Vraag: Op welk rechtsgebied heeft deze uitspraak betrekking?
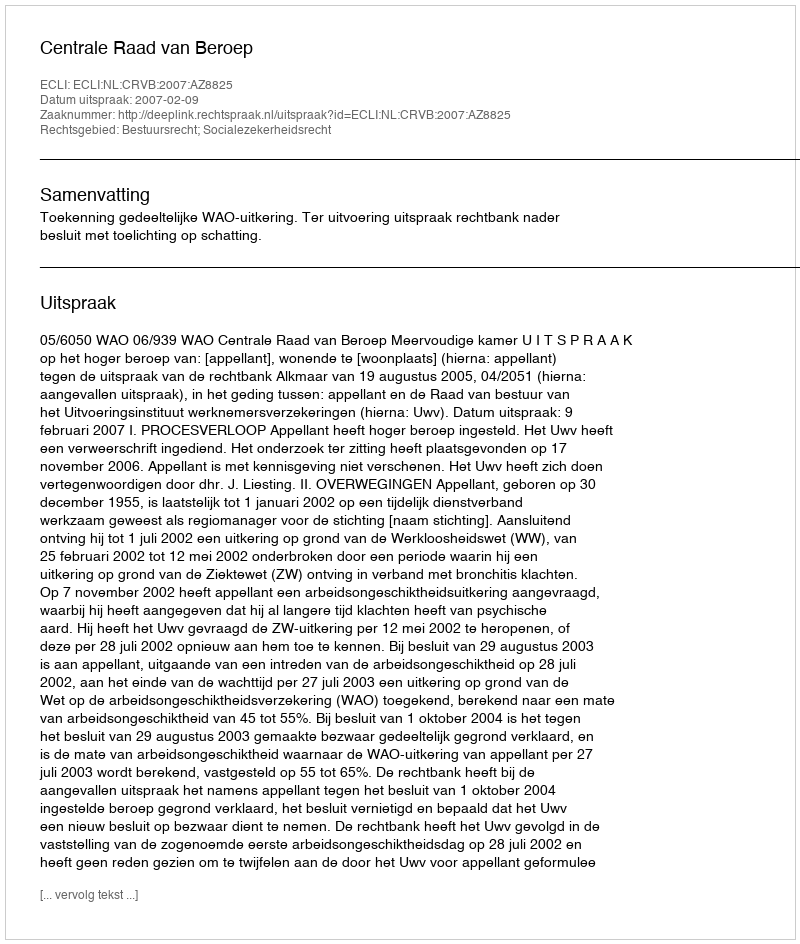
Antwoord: Bestuursrecht; Socialezekerheidsrecht